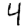
Digit: 4